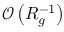
\mathcal { O } \left( R _ { g } ^ { - 1 } \right)